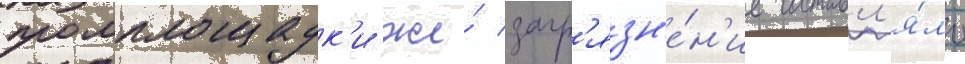
промплощадк'и же́ загр'язн'е́н'ие составл'я́ло